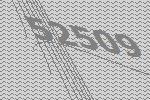
52509